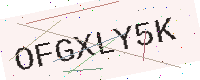
Text: OFGXLY5K